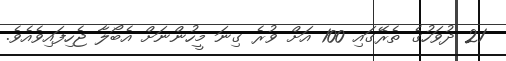
21 ދުވަހުގެ ތެރޭގައި 100 އަށް ވުރެ ގިނަ މީހުންނަށް އެބޯލާ ޖެހިފައިވެއެވެ.